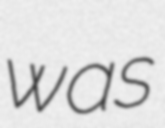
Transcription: was